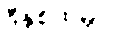
ဒီနှစ်ထဲမှာ